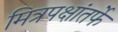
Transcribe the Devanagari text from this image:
मित्रपक्षांतर्फे